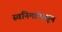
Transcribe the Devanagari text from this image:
स्वनिमांपासून